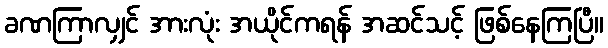
ခဏကြာလျှင် အားလုံး အယိုင်ကရန် အဆင်သင့် ဖြစ်နေကြပြီ။